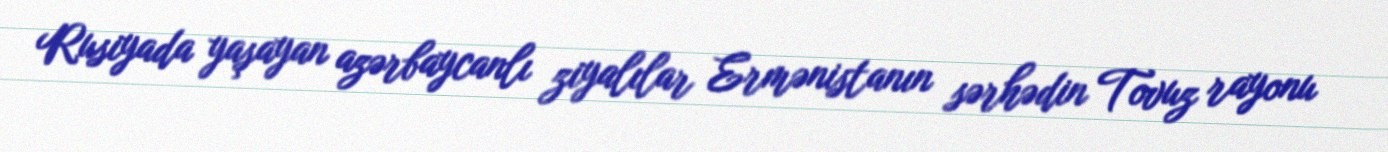
Rusiyada yaşayan azərbaycanlı ziyalılar Ermənistanın sərhədin Tovuz rayonu